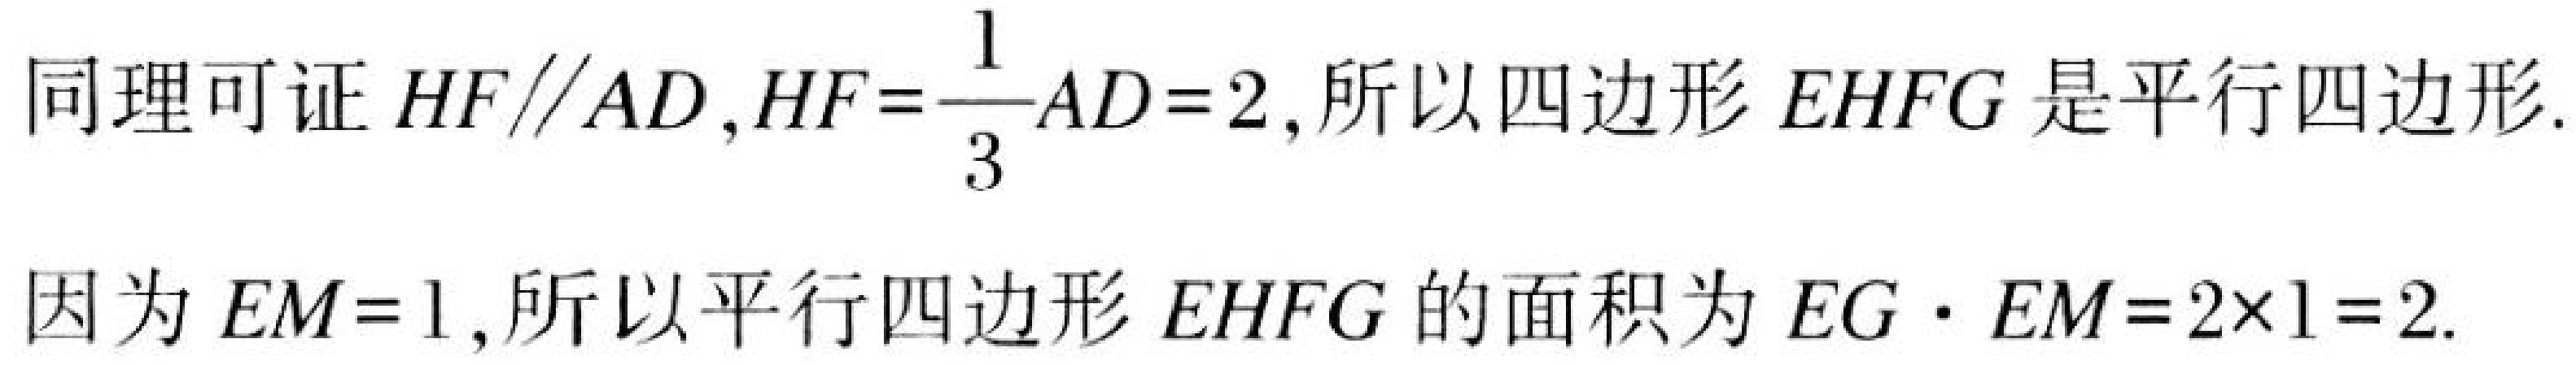
同理可证\(HF\parallel AD\), \(HF = \dfrac{1}{3}AD = 2\), 所以四边形\(EHFG\)是平行四边形.
因为\(EM = 1\), 所以平行四边形\(EHFG\)的面积为\(EG\cdot EM=2\times1 = 2\).